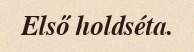
Első holdséta.